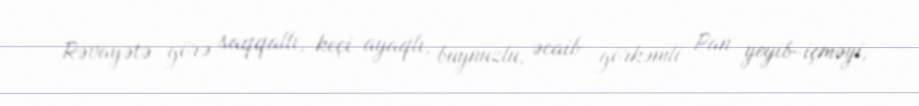
Rəvayətə görə saqqallı, keçi ayaqlı, buynuzlu, əcaib görkəmli Pan yeyib-içməyi,